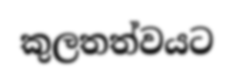
කුලතත්වයට